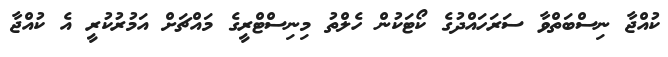
ކުއްޖާ ނިސްބަތްވާ ސަރަހައްދުގެ ކޯޓަކުން ހެލްތު މިނިސްޓްރީގެ މައްޗަށް އަމުރުކުރީ އެ ކުއްޖާ